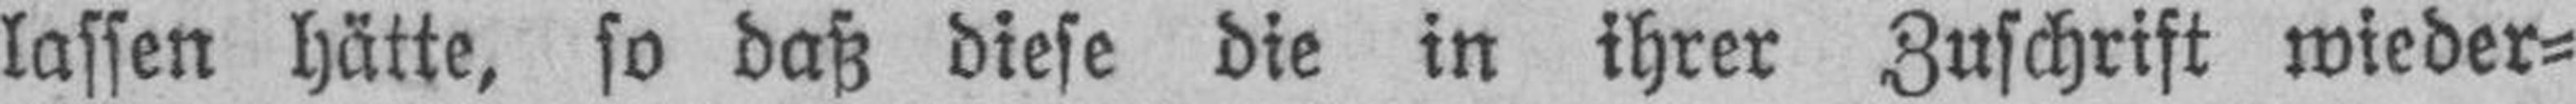
lassen hätte, so daß diese die in ihrer Zuschrift wieder¬